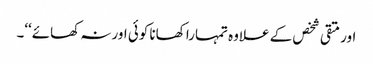
اور متقی شخص کے علاوہ تمہارا کھانا کوئی اور نہ کھائے‘‘۔